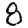
Digit: 8